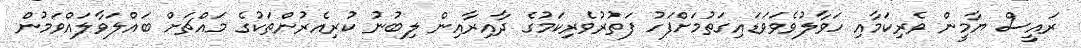
ރައީސް ޔާމީން ވެރިކަމާއި ހަވާލުވެވަވަޑައިގަތުމަށްފަހު ފަތުރުވެރިކަމުގެ ދާއިރާއިން ލިބުނު ކުރިއެރުންތަކުގެ މައްޗަށް ބައްލަވާލައްވަމުން